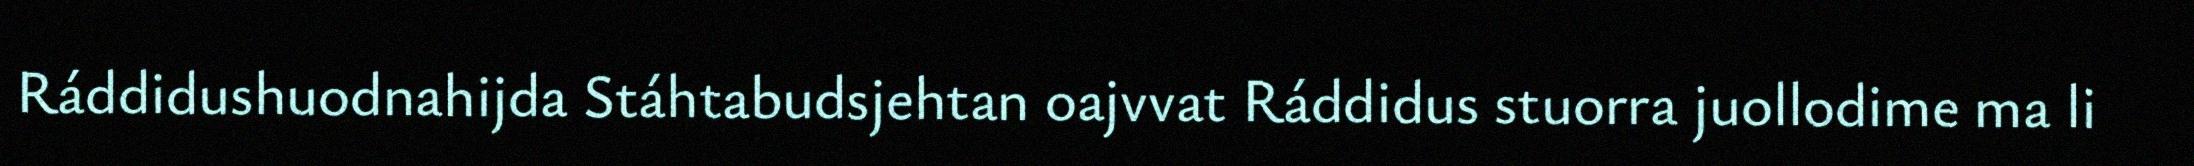
Ráddidushuodnahijda Stáhtabudsjehtan oajvvat Ráddidus stuorra juollodime ma li